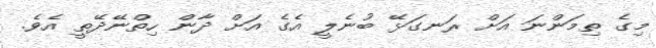
މިގެ ތިމަންނަ އަށް ރަނގަޅޭ ބުނެލީ އެގެ އަށް ދާން ހިތްނޭދޭތީ އެވެ.